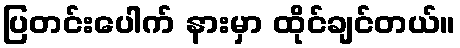
ပြတင်းပေါက် နားမှာ ထိုင်ချင်တယ်။